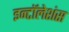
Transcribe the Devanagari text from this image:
इन्टॉलेशंस